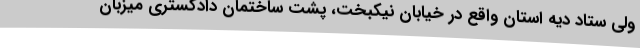
ولی ستاد دیه استان واقع در خیابان نیکبخت، پشت ساختمان دادگستری میزبان